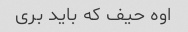
اوه حیف که باید بری